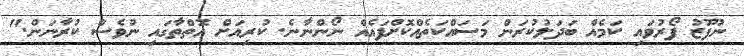
ނުފޫޒު ފޯރުވައި ކަމެއް ބަދަލުކުރަން މަސައްކަތެއްކޮށްފައެއް ނޯންނާނެ. ކުރިއަށް އޮތްތާގައި ނުވެސް ކުރާނަން."